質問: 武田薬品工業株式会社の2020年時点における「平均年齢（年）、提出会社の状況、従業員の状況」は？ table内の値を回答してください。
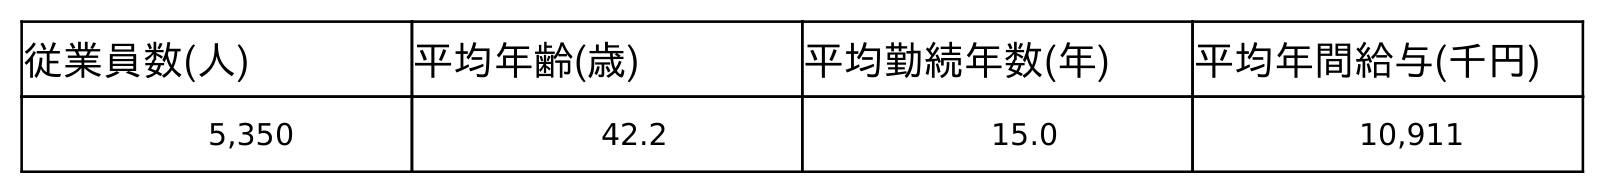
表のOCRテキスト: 従業員数(人) 平均年齢(歳) 平均勤続年数(年) 平均年間給与(千円) 5,350 42.2 15.0 10,911
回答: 42.2